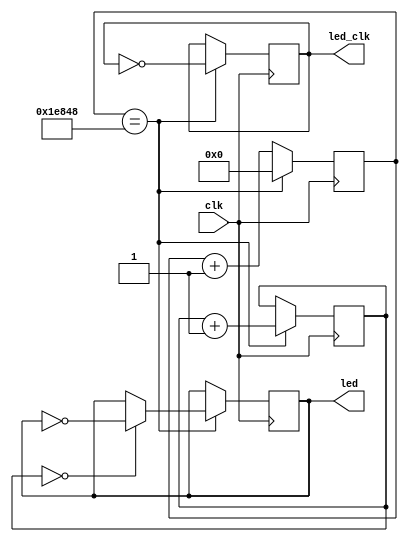
`timescale 1ns / 1ps
//////////////////////////////////////////////////////////////////////////////////
// Company: 
// Engineer: 
// 
// Design Name: 
// Module Name:    raggedstone2_led 
// Project Name: 
// Target Devices: 
// Tool versions: 
// Description: 
//
// Dependencies: 
//
// Revision: 
// Revision 0.01 - File Created
// Additional Comments: 
//
//////////////////////////////////////////////////////////////////////////////////
module heartbeat(input clk, output led_clk, output led);

	reg [19:0] cnt;
	reg [7:0] cnt2;

	reg led_reg;
	assign led = led_reg;
	
	reg led_clk_reg;
	assign led_clk = led_clk_reg;

	always @(posedge clk)
	begin
		if (cnt == 20'h1e848)
		begin
			cnt <= 20'd0;
			led_clk_reg <= ~led_clk_reg;
			if (cnt2 == 8'd0)
			begin
				led_reg <= ~led_reg;
			end
			cnt2 <= cnt2 + 8'd1;
		end
		else
			cnt <= cnt + 20'd1;
			
	end

endmodule